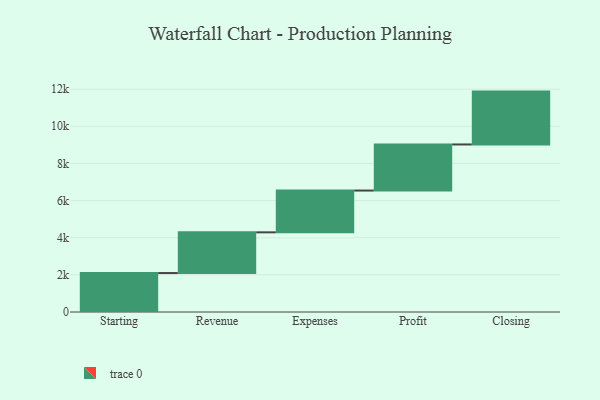
{"axis": {"x": "Step", "y": "Value"}, "legend": [""], "data": [{"x": "Starting", "y": 2097.0, "type": ""}, {"x": "Revenue", "y": 2192.0, "type": ""}, {"x": "Expenses", "y": 2250.0, "type": ""}, {"x": "Profit", "y": 2482.0, "type": ""}, {"x": "Closing", "y": 2846.0, "type": ""}]}